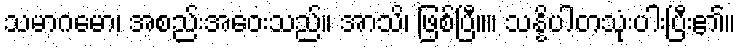
သမာဂမော၊ အစည်းအဝေးသည်။ အာသိ၊ ဖြစ်ပြီ။။ သန္နိပါတသုံးပါးပြီး၏။